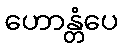
ဟောန္တံပေ